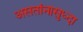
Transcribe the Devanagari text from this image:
असतांनासुध्दा